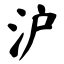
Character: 沪